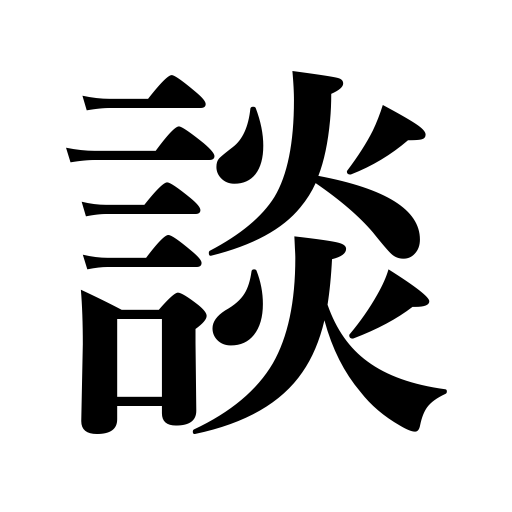
Meanings: talk,conversation